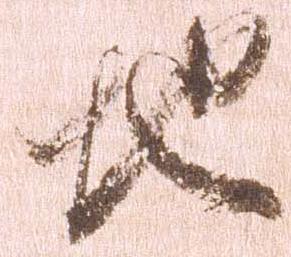
地